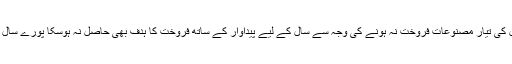
پاکستان اسٹیل کے ذرائع کاکہنا ہے کہ پاکستان اسٹیل کی تیار مصنوعات فروخت نہ ہونے کی وجہ سے سال کے لیے پیداوار کے ساتھ فروخت کا ہدف بھی حاصل نہ ہوسکا پورے سال کی مجموعی فروخت 8ارب روپے تک محدود رہی۔